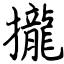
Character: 攏